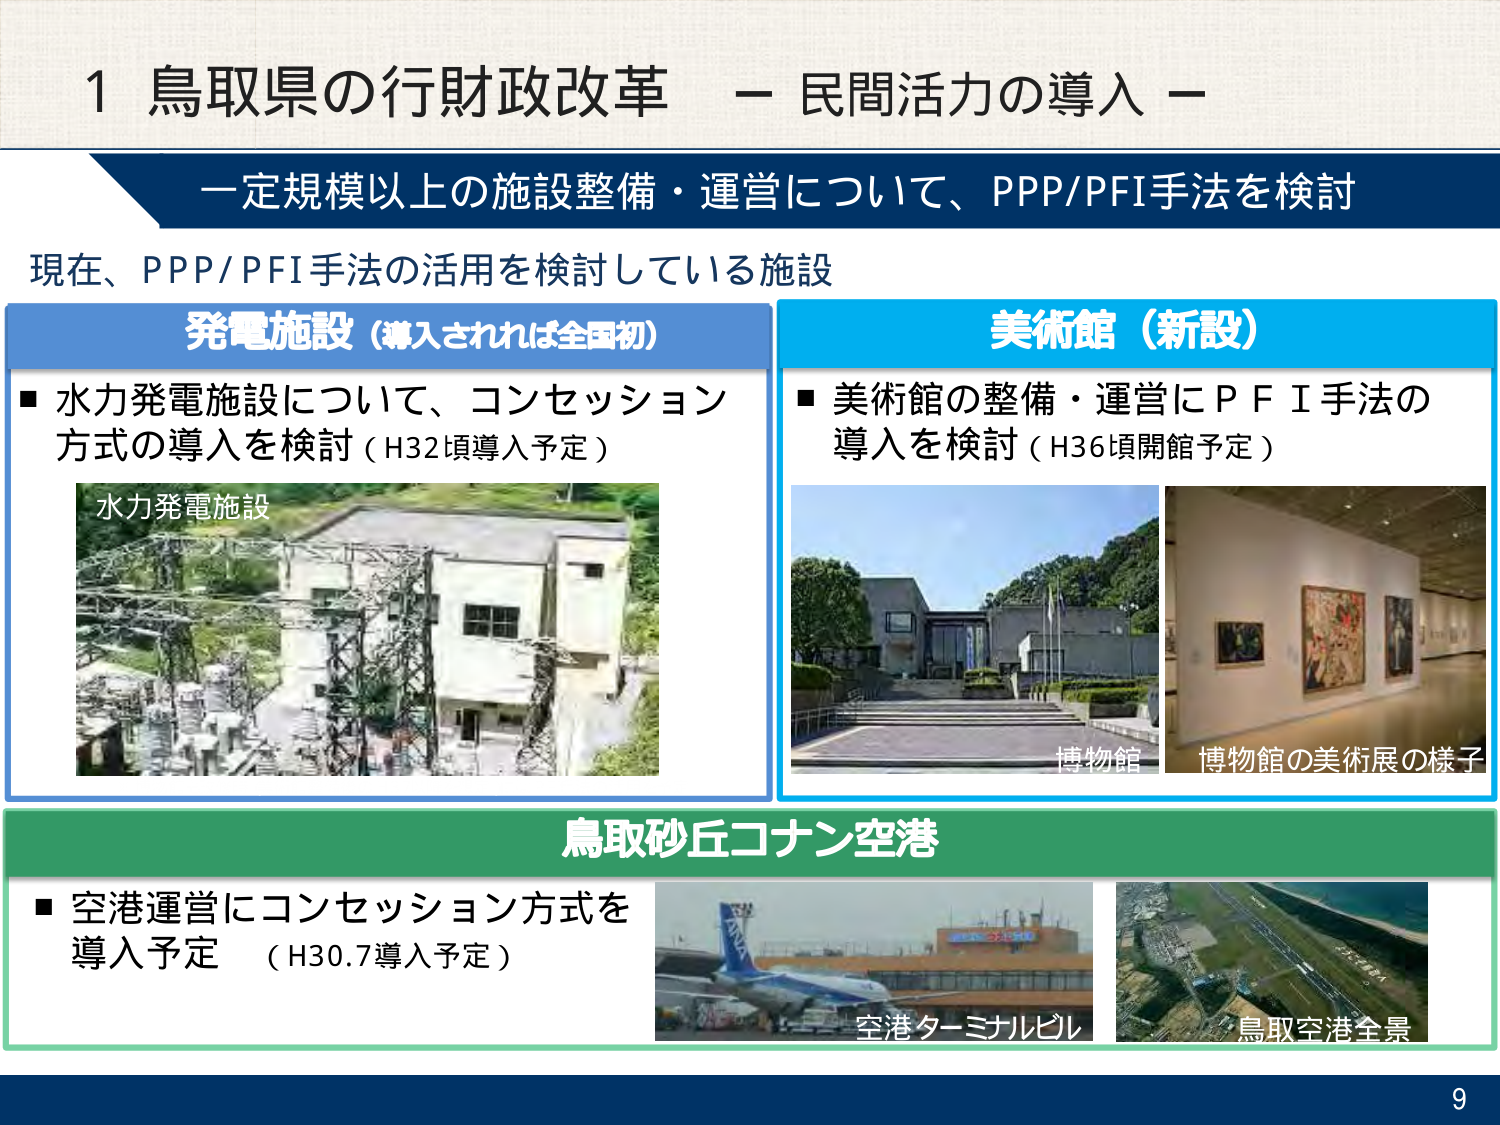
1 鳥取県の行財政改革 － 民間活力の導入 －

一定規模以上の施設整備・運営について、PPP/PFI手法を検討

現在、PPP/PFI手法の活用を検討している施設

発電施設（導入されれば全国初）
■ 水力発電施設について、コンセッション方式の導入を検討（H32頃導入予定）
水力発電施設

美術館（新設）
■ 美術館の整備・運営にＰＦＩ手法の導入を検討（H36頃開館予定）
博物館
博物館の美術展の様子

鳥取砂丘コナン空港
■ 空港運営にコンセッション方式を導入予定 （H30.7導入予定）
空港ターミナルビル
鳥取空港全景

9